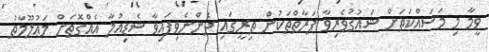
ވީމާ މި މަސައްކަތަށް ޝައުޤުވެރިވާ ފަރާތްތަކުން ތިރީގައި ދެންނެވިފައިވާ ޝެޑިއުލާ އެއްގޮތަށް މަޢުލޫމާތު